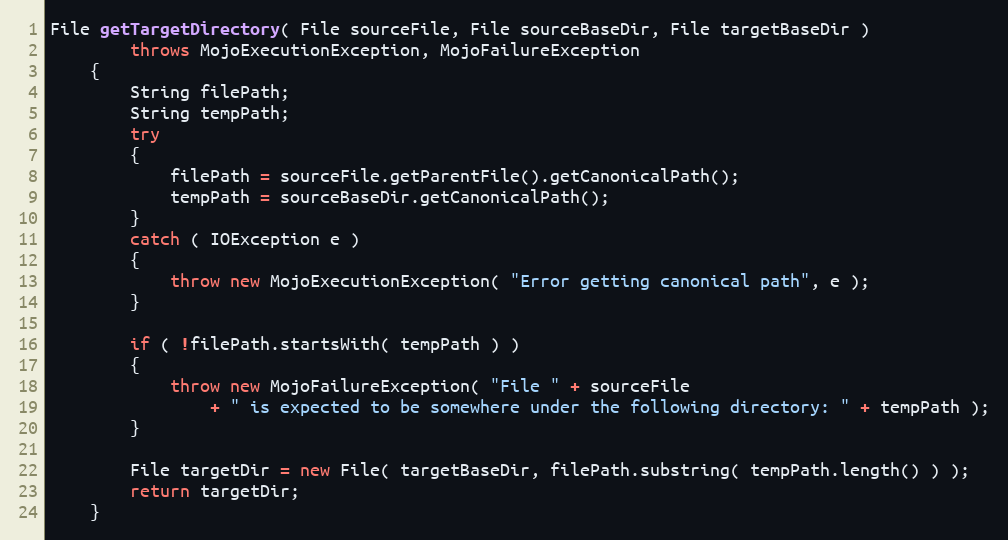
Language: Java
File getTargetDirectory( File sourceFile, File sourceBaseDir, File targetBaseDir )
        throws MojoExecutionException, MojoFailureException
    {
        String filePath;
        String tempPath;
        try
        {
            filePath = sourceFile.getParentFile().getCanonicalPath();
            tempPath = sourceBaseDir.getCanonicalPath();
        }
        catch ( IOException e )
        {
            throw new MojoExecutionException( "Error getting canonical path", e );
        }

        if ( !filePath.startsWith( tempPath ) )
        {
            throw new MojoFailureException( "File " + sourceFile
                + " is expected to be somewhere under the following directory: " + tempPath );
        }

        File targetDir = new File( targetBaseDir, filePath.substring( tempPath.length() ) );
        return targetDir;
    }